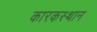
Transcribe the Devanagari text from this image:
कारकस्थान